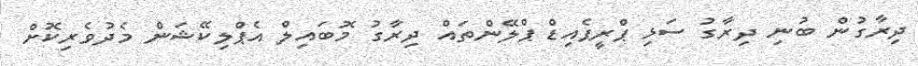
ދިރާގުން ބުނި ދިރާގު ސަޅި ޕްރީޕެއިޑް ޕްލޭންތައް ދިރާގު މޮބައިލް އެޕްލިކޭޝަން މެދުވެރިކޮށް